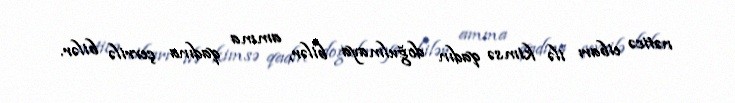
nəticə eibarı ilə kimsə qadın doğulmaya bilər, amma qadına çevrilə bilər.